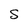
Character: S